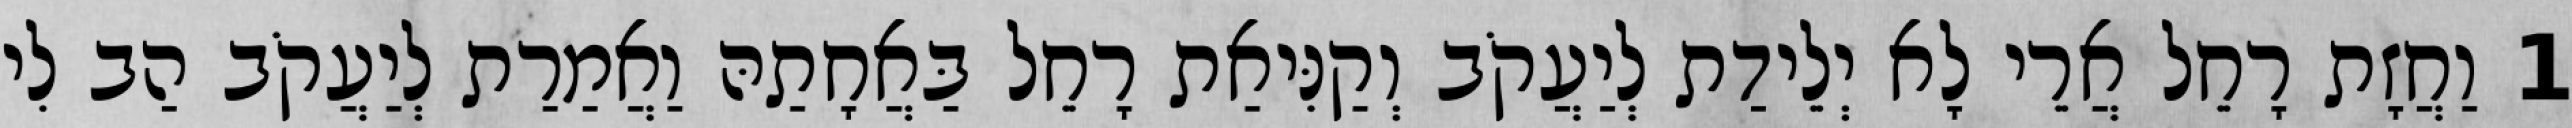
1 וַחֲזָת רָחֵל אֲרֵי לָא יְלֵידַת לְיַעֲקֹב וְקַנִּיאַת רָחֵל בַּאֲחָתַהּ וַאֲמַרַת לְיַעֲקֹב הַב לִי